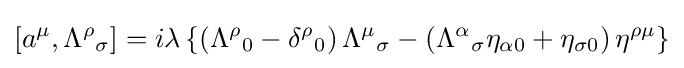
[a^{\mu },{\Lambda ^{\rho }}_{\sigma }]=i\lambda \left\{\left({\Lambda ^{\rho }}_{0}-{\delta ^{\rho }}_{0}\right){\Lambda ^{\mu }}_{\sigma }-\left({\Lambda ^{\alpha }}_{\sigma }\eta _{\alpha 0}+\eta _{\sigma 0}\right)\eta ^{\rho \mu }\right\}